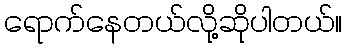
ရောက်နေတယ်လို့ဆိုပါတယ်။